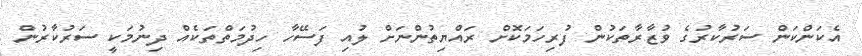
އެކަންކަން ސަރުކާރުގެ ވުޒާރާތަކުން ފުރިހަމަކޮށް ރައްޔިތުންނަށް ލުއި ފަސޭހާ ހިދުމަތްތަކެއް ދިނުމަކީ ސަރުކާރުން